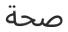
صحة